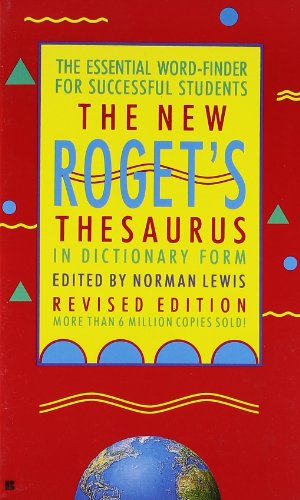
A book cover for The New Roget's Thesaurus (Student Edition); American Heritage Editors; Reference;